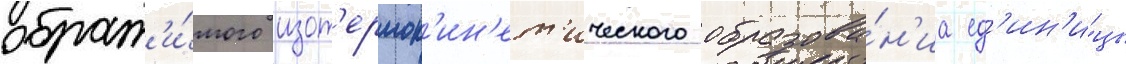
обрат'и́мого изот'ермок'ин'ет'ического образова́н'иа ед'ин'и́цы